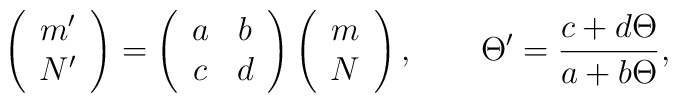
\left( \begin{array}{c}m' \\N'\end{array} \right) =\left( \begin{array}{cc}a & b \\c & d\end{array} \right)\left( \begin{array}{c}m \\N\end{array} \right), \qquad \Theta'=\frac{c+d\Theta}{a+b\Theta},